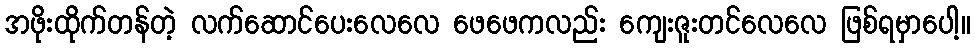
အဖိုးထိုက်တန်တဲ့ လက်ဆောင်ပေးလေလေ ဖေဖေကလည်း ကျေးဇူးတင်လေလေ ဖြစ်ရမှာပေါ့။